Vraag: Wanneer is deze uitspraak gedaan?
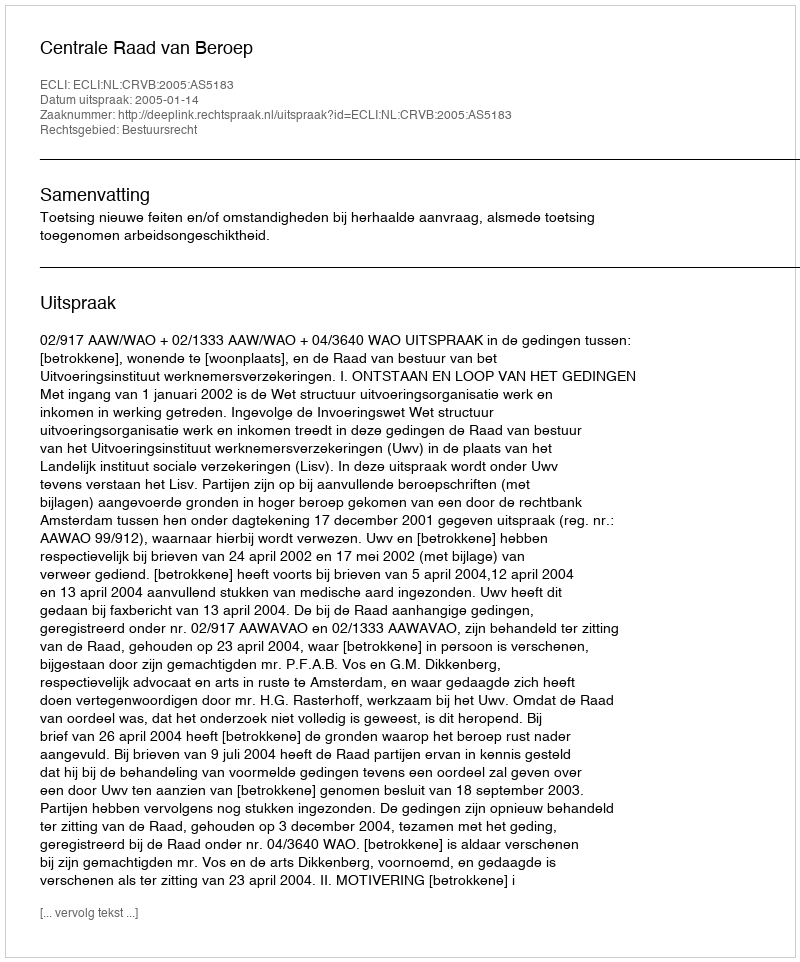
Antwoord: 2005-01-14